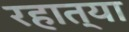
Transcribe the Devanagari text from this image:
रहात्या